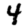
Digit: 4